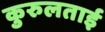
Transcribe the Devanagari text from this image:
कुरुलताई